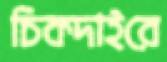
চিকদাইরে